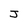
Character: J